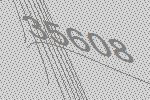
35608